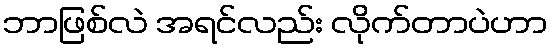
ဘာဖြစ်လဲ အရင်လည်း လိုက်တာပဲဟာ